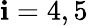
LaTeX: \mathbf{i}=4,5